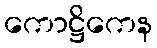
ကောဋ္ဌိကေန